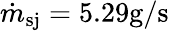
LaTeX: \dot{m}_{\mathrm{sj}}=5.29\mathrm{g/s}